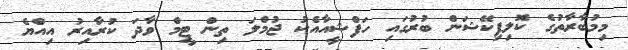
މިމުބާރާތުގެ ކޮލިފިކޭޝަން ބުރުގައި ހަފްޝީއާއެކު ޖުމްލަ ތިން ޓީމް ވާދަ ކުރާއިރު އިއްޔެ